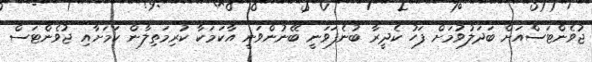
ޖުވެންޓަސްއަށް ބަދަލުވުމަށް ފަހު ކެދީރާ ބުނެފަވަނީ ބޭނުންވަނީ އާކަމަކާ ކުރިމަތިލާން ކަމަށާއި ޖުވެންޓަސް